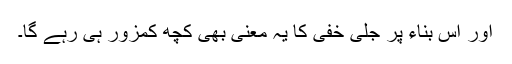
اور اس بناء پر جلی خفی کا یہ معنی بھی کچھ کمزور ہی رہے گا۔